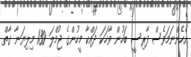
އެހެންނަމަވެސް ފާރިސީ ބަހުން ވާހަކަ ދައްކާ މީހުންގެ ޖުމްލަ 130 މިލިޔަނާ ގާތް